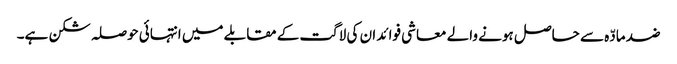
ضد مادّہ سے حاصل ہونے والے معاشی فوائد ان کی لاگت کے مقابلے میں انتہائی حوصلہ شکن ہے۔